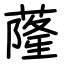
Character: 蕯